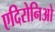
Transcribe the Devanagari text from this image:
एदिरोनिओ